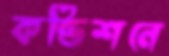
কন্ডিশনে